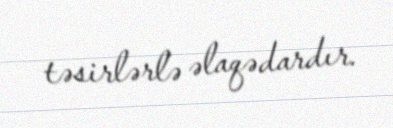
təsirlərlə əlaqədardır.